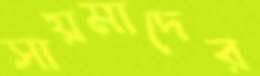
সায়মাদের